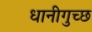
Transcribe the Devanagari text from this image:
धानीगुच्छ